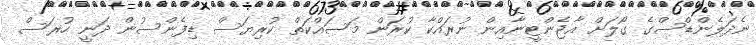
ނެދަލެންޑްސްގެ ގޯލަށް އާޖެންޓީނާއިން ނުރައްކާ ކުރަން މަސައްކަތް ކުރިޔަސް ޑިފެންސުން ދަނީ ހުރަސް